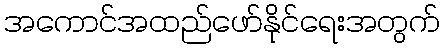
အကောင်အထည်ဖော်နိုင်ရေးအတွက်